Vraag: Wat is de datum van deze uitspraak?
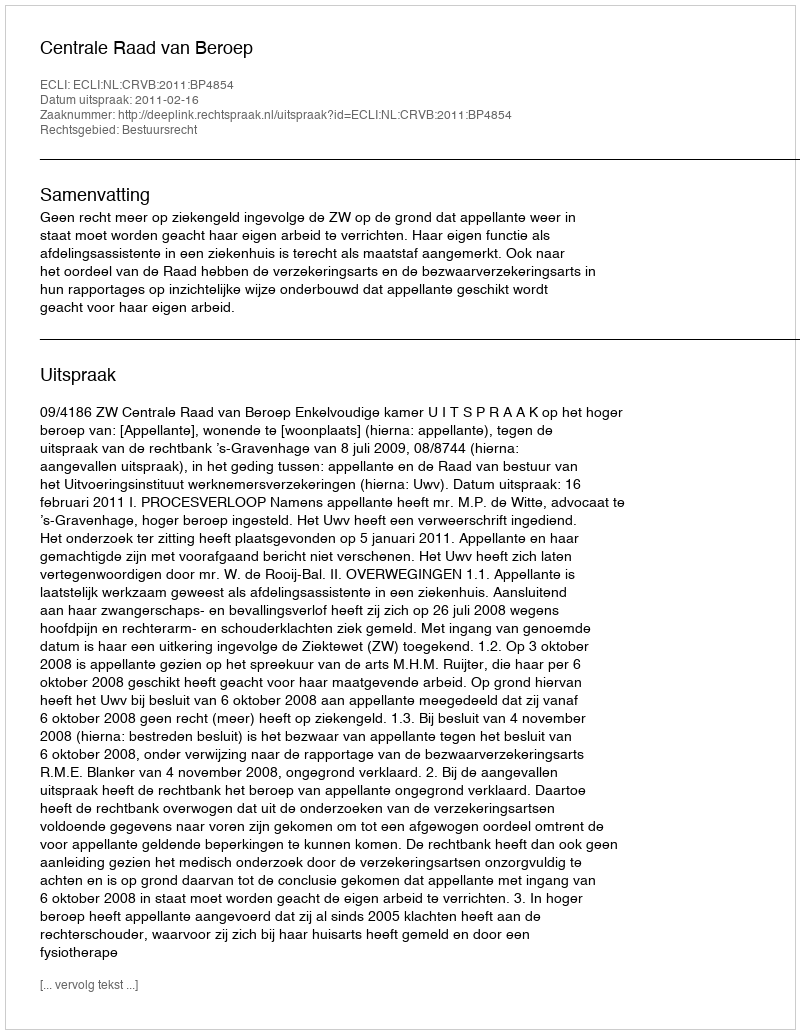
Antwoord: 2011-02-16